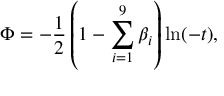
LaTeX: \Phi = - \frac { 1 } { 2 } \left( 1 - \sum _ { i = 1 } ^ { 9 } \beta _ { i } \right) \ln ( - t ) ,